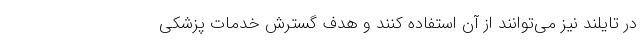
در تایلند نیز می‌توانند از آن استفاده کنند و هدف گسترش خدمات پزشکی